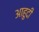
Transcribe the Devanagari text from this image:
आहुदी